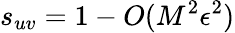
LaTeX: s_{uv}=1-O(M^{2}\epsilon^{2})